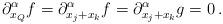
LaTeX: \begin{align*} \partial_{x_Q}^{\alpha}f=\partial_{x_j+x_k}^{\alpha}f=\partial_{x_j+x_k}^{\alpha}g=0\,.\end{align*}